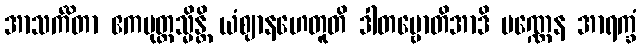
အာသင်္ကိတာ ဧကပုတ္တသ္မိန္တိ ယံဈာနဟေတူတိ ဒါတဗ္ဗောတိအာဒိ ပဏ္ဏေန အာရက္ခံ